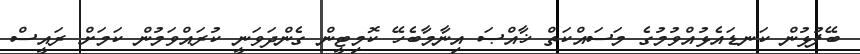
ބޭފުޅުން ކަނޑައެޅުއްވުމުގެ މަސައްކަތް ޚާއްޞަ އިނާމާބެހޭ ކޮމިޓީން ގެންދަވަނީ ކުރައްވަމުން ކަމަށް ރައީސް